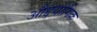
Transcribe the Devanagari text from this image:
औद्दयोगिक